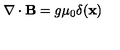
\nabla \cdot { \bf B } = g { \mu } _ { 0 } \delta ( { \bf x } )